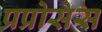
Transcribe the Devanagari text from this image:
प्रप्रोसेस